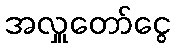
အလှူတော်ငွေ